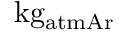
\mathrm { k g _ { a t m A r } }